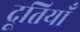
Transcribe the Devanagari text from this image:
दूतियाँ